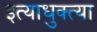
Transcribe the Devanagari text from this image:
इत्याधुक्त्या